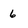
Character: 6